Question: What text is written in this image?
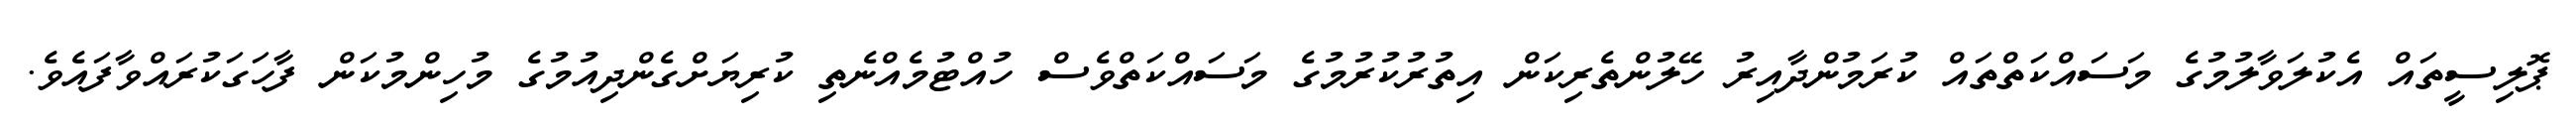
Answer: ޕޮލިސީތައް އެކުލަވާލުމުގެ މަސައްކަތްތައް ކުރަމުންދާއިރު ހޭލުންތެރިކަން އިތުރުކުރުމުގެ މަސައްކަތްވެސް ހުއްޓުމެއްނެތި ކުރިޔަށްގެންދިއުމުގެ މުހިންމުކަން ފާހަގަކުރައްވާފައެވެ.